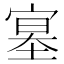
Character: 𡩳